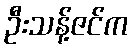
ဦးသန့်ဇင်က